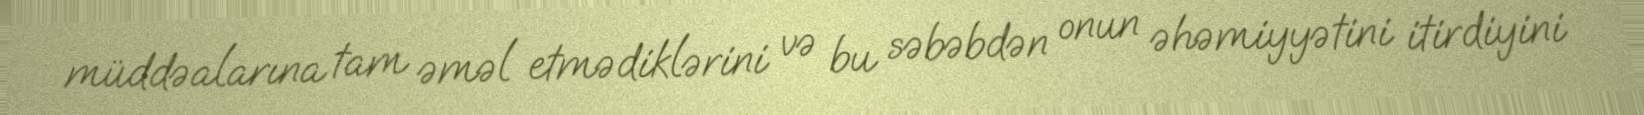
müddəalarına tam əməl etmədiklərini və bu səbəbdən onun əhəmiyyətini itirdiyini